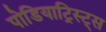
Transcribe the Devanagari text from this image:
पोडियाट्रिस्ट्स